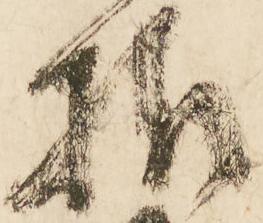
様